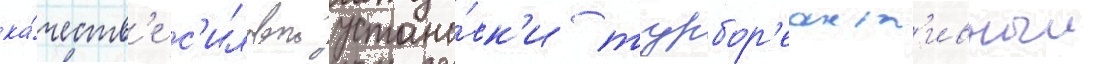
ка́честв'е с'иловои устано́вк'и турбор'еакт'ивныи